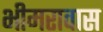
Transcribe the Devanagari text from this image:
भीमरावास